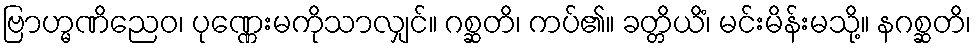
ဗြာဟ္မဏိညေဝ၊ ပုဏ္ဏေးမကိုသာလျှင်။ ဂစ္ဆတိ၊ ကပ်၏။ ခတ္တိယိံ၊ မင်းမိန်းမသို့။ နဂစ္ဆတိ၊